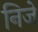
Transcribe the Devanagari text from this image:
निजे